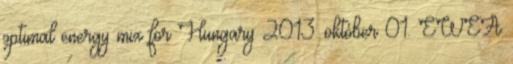
optimal energy mix for Hungary 2013. október 01. EWEA